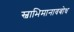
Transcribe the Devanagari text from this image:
स्वाभिमानावबोध